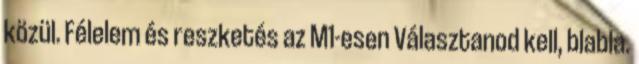
közül. Félelem és reszketés az M1-esen Választanod kell, blabla.